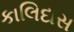
કાલિદાસ